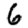
Digit: 6